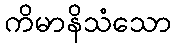
ကိမာနိသံသော